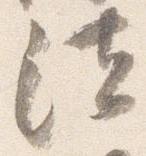
法